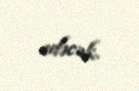
edəcək.